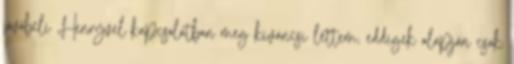
jövőbeli Henryvel kapcsolatban meg kíváncsi lettem, eddigek alapján csak